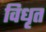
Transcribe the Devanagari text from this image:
विधृत